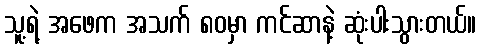
သူ့ရဲ့ အဖေက အသက် ၈၀မှာ ကင်ဆာနဲ့ ဆုံးပါးသွားတယ်။